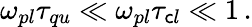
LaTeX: \omega_{pl}\tau_{qu}\ll\omega_{pl}\tau_{\mathsf{c}l}\ll1\, .